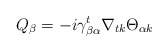
\begin{align*}Q_\beta = -i\gamma^t_{\beta\alpha}\nabla_{tk}\Theta_{\alpha k}\end{align*}